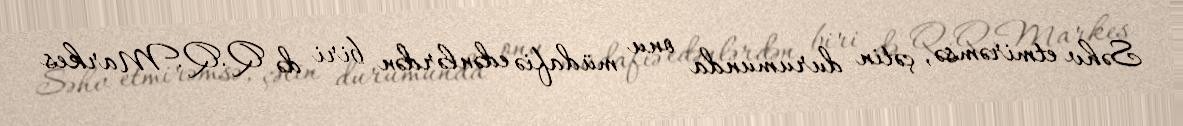
Səhv etmirəmsə, çətin durumunda onu müdafiə edənlərdən biri də Q.Q.Markes